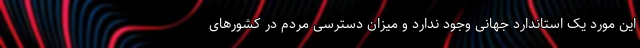
این مورد یک استاندارد جهانی وجود ندارد و میزان دسترسی مردم در کشورهای